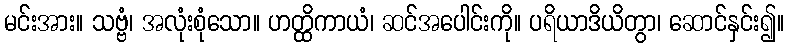
မင်းအား။ သဗ္ဗံ၊ အလုံးစုံသော။ ဟတ္ထိကာယံ၊ ဆင်အပေါင်းကို။ ပရိယာဒိယိတွာ၊ ဆောင်နှင်း၍။